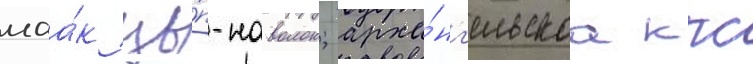
маа́к цы́п-наволок; арха́нг'ельскаа ккс